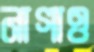
নাগাও